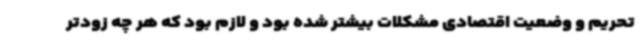
تحریم و وضعیت اقتصادی مشکلات بیشتر شده بود و لازم بود که هر چه زودتر